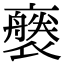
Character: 𧝢